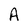
Character: A